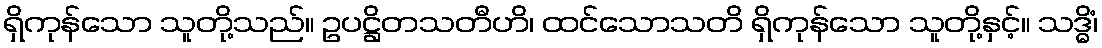
ရှိကုန်သော သူတို့သည်။ ဥပဋ္ဌိတသတီဟိ၊ ထင်သောသတိ ရှိကုန်သော သူတို့နှင့်။ သဒ္ဓိံ၊